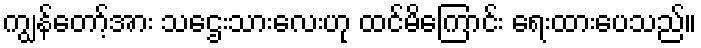
ကျွန်တော့်အား သဌေးသားလေးဟု ထင်မိကြောင်း ရေးထားပေသည်။